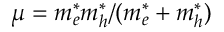
\mu = m _ { e } ^ { * } m _ { h } ^ { * } / ( m _ { e } ^ { * } + m _ { h } ^ { * } )